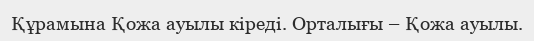
Құрамына Қожа ауылы кіреді. Орталығы – Қожа ауылы.